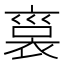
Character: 𧚱